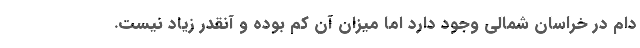
دام در خراسان شمالی وجود دارد اما میزان آن کم بوده و آنقدر زیاد نیست.